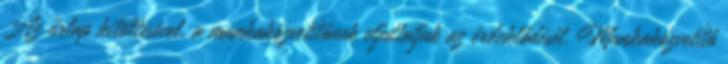
Az űrlap kitöltésével, a munkaközvetítőnek eljuttatjuk az érdeklődését. Munkaközvetítő